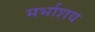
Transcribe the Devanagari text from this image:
मर्भाशय